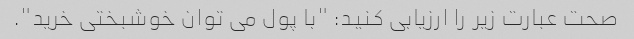
صحت عبارت زیر را ارزیابی کنید: "با پول می توان خوشبختی خرید".